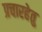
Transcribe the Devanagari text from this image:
प्रचारहेतु